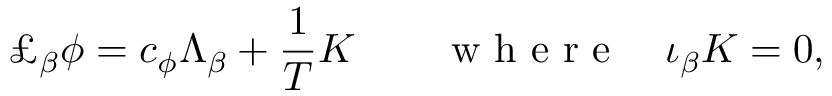
\pounds _ { \beta } \phi = c _ { \phi } \Lambda _ { \beta } + \frac 1 T { \cal K } \qquad \mathrm { ~ w ~ h ~ e ~ r ~ e ~ } \quad \iota _ { \beta } { \cal K } = 0 ,